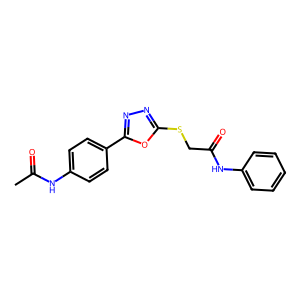
SMILES: CC(=O)Nc1ccc(-c2nnc(SCC(=O)Nc3ccccc3)o2)cc1
Inhibits HIV replication: No